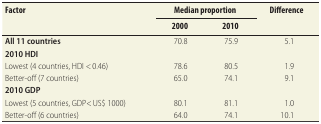
<table><thead><tr><td rowspan="2"><b>Factor</b></td><td colspan="2"><b>Median proportion</b></td><td rowspan="2"><b>Difference</b></td></tr><tr><td><b>2000</b></td><td><b>2010</b></td></tr></thead><tbody><tr><td><b>All 11 countries</b></td><td>70.8</td><td>75.9</td><td>5.1</td></tr><tr><td><b>2010 HDI</b></td><td></td><td></td><td></td></tr><tr><td>Lowest (4 countries, HDI &lt; 0.46)</td><td>78.6</td><td>80.5</td><td>1.9</td></tr><tr><td>Better-off (7 countries)</td><td>65.0</td><td>74.1</td><td>9.1</td></tr><tr><td><b>2010 GDP</b></td><td></td><td></td><td></td></tr><tr><td>Lowest (5 countries, GDP&lt; US$ 1000)</td><td>80.1</td><td>81.1</td><td>1.0</td></tr><tr><td>Better-off (6 countries)</td><td>64.0</td><td>74.1</td><td>10.1</td></tr></tbody></table>